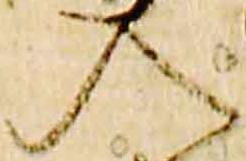
入